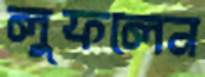
লুফলেন